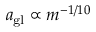
a _ { \mathrm { g l } } \propto m ^ { - 1 / 1 0 }